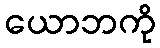
ယောဘကို